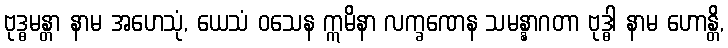
ဗုဒ္ဓမန္တာ နာမ အဟေသုံ, ယေသံ ဝသေန ဣမိနာ လက္ခဏေန သမန္နာဂတာ ဗုဒ္ဓါ နာမ ဟောန္တိ,